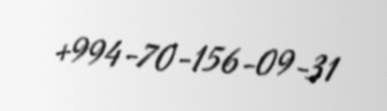
+994-70-156-09-31